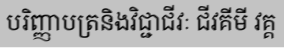
បរិញ្ញាបត្រនិងវិជ្ជាជីវៈ ជីវគីមី វគ្គ